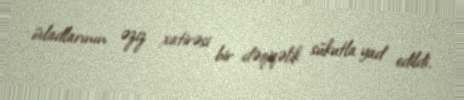
övladlarının əziz xatirəsi bir dəqiqəlik sükutla yad edildi.